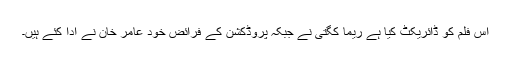
اس فلم کو ڈائریکٹ کیا ہے ریما کگتی نے جبکہ پروڈکشن کے فرائض خود عامر خان نے ادا کئے ہیں۔